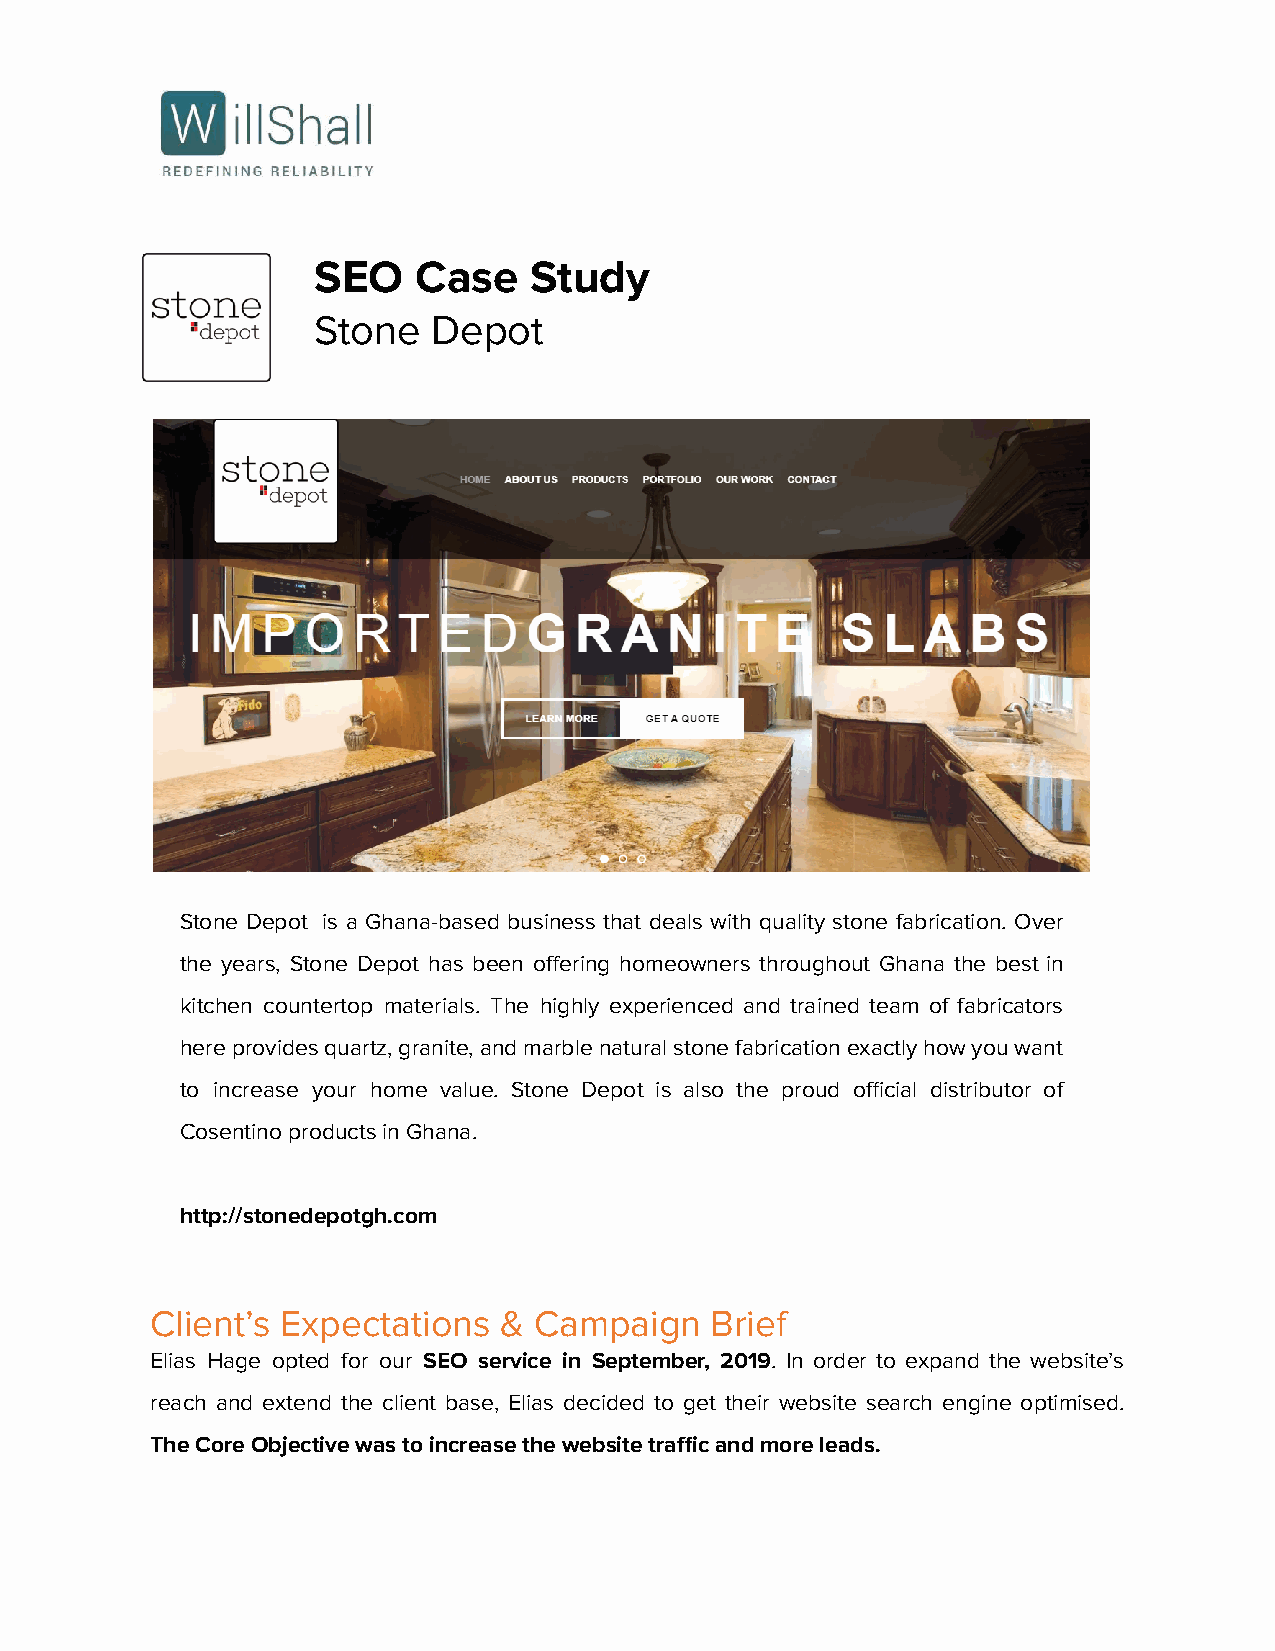
SEO   Case    Study
 Stone   Depot
 Stone Depot is a Ghana-based business that deals with quality stone fabrication. Over
 the years, Stone Depot has been offering homeowners throughout Ghana the best in
 kitchen countertop materials. The highly experienced and trained team of fabricators
 hereprovidesquartz,granite,andmarblenaturalstonefabricationexactlyhowyouwant
 to increase your home value. Stone Depot is also the proud official distributor of
 Cosentino products in Ghana.
 http://stonedepotgh.com
 Client’s Expectations  & Campaign    Brief
 Elias Hage opted for our SEO service in September, 2019. In order to expand the website’s
 reach and extend the client base, Elias decided to get their website search engine optimised.
 The Core Objective was to increase the website trafficand more leads.